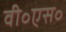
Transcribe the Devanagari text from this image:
वी॰एस॰